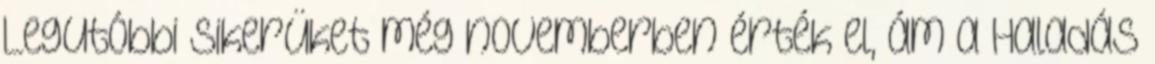
Legutóbbi sikerüket még novemberben érték el, ám a Haladás